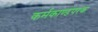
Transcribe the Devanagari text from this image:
कर्मकाण्डपरक